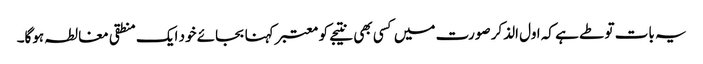
یہ بات تو طے ہے کہ اول الذکر صورت میں کسی بھی نتیجے کو معتبر کہنا بجائے خود ایک منطقی مغالطہ ہوگا۔